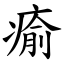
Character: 瘉